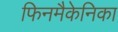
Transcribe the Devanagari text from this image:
फिनमैकेनिका